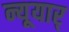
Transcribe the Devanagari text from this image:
न्यूयार्